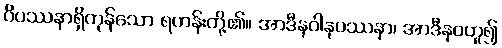
ဝိပဿနာရှိကုန်သော ရဟန်းတို့၏။ အာဒီနဝါနုပဿနာ၊ အာဒီနဝဟူ၍